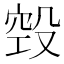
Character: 㲁